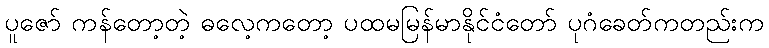
ပူဇော် ကန်တော့တဲ့ ဓလေ့ကတော့ ပထမမြန်မာနိုင်ငံတော် ပုဂံခေတ်ကတည်းက